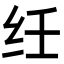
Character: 纴